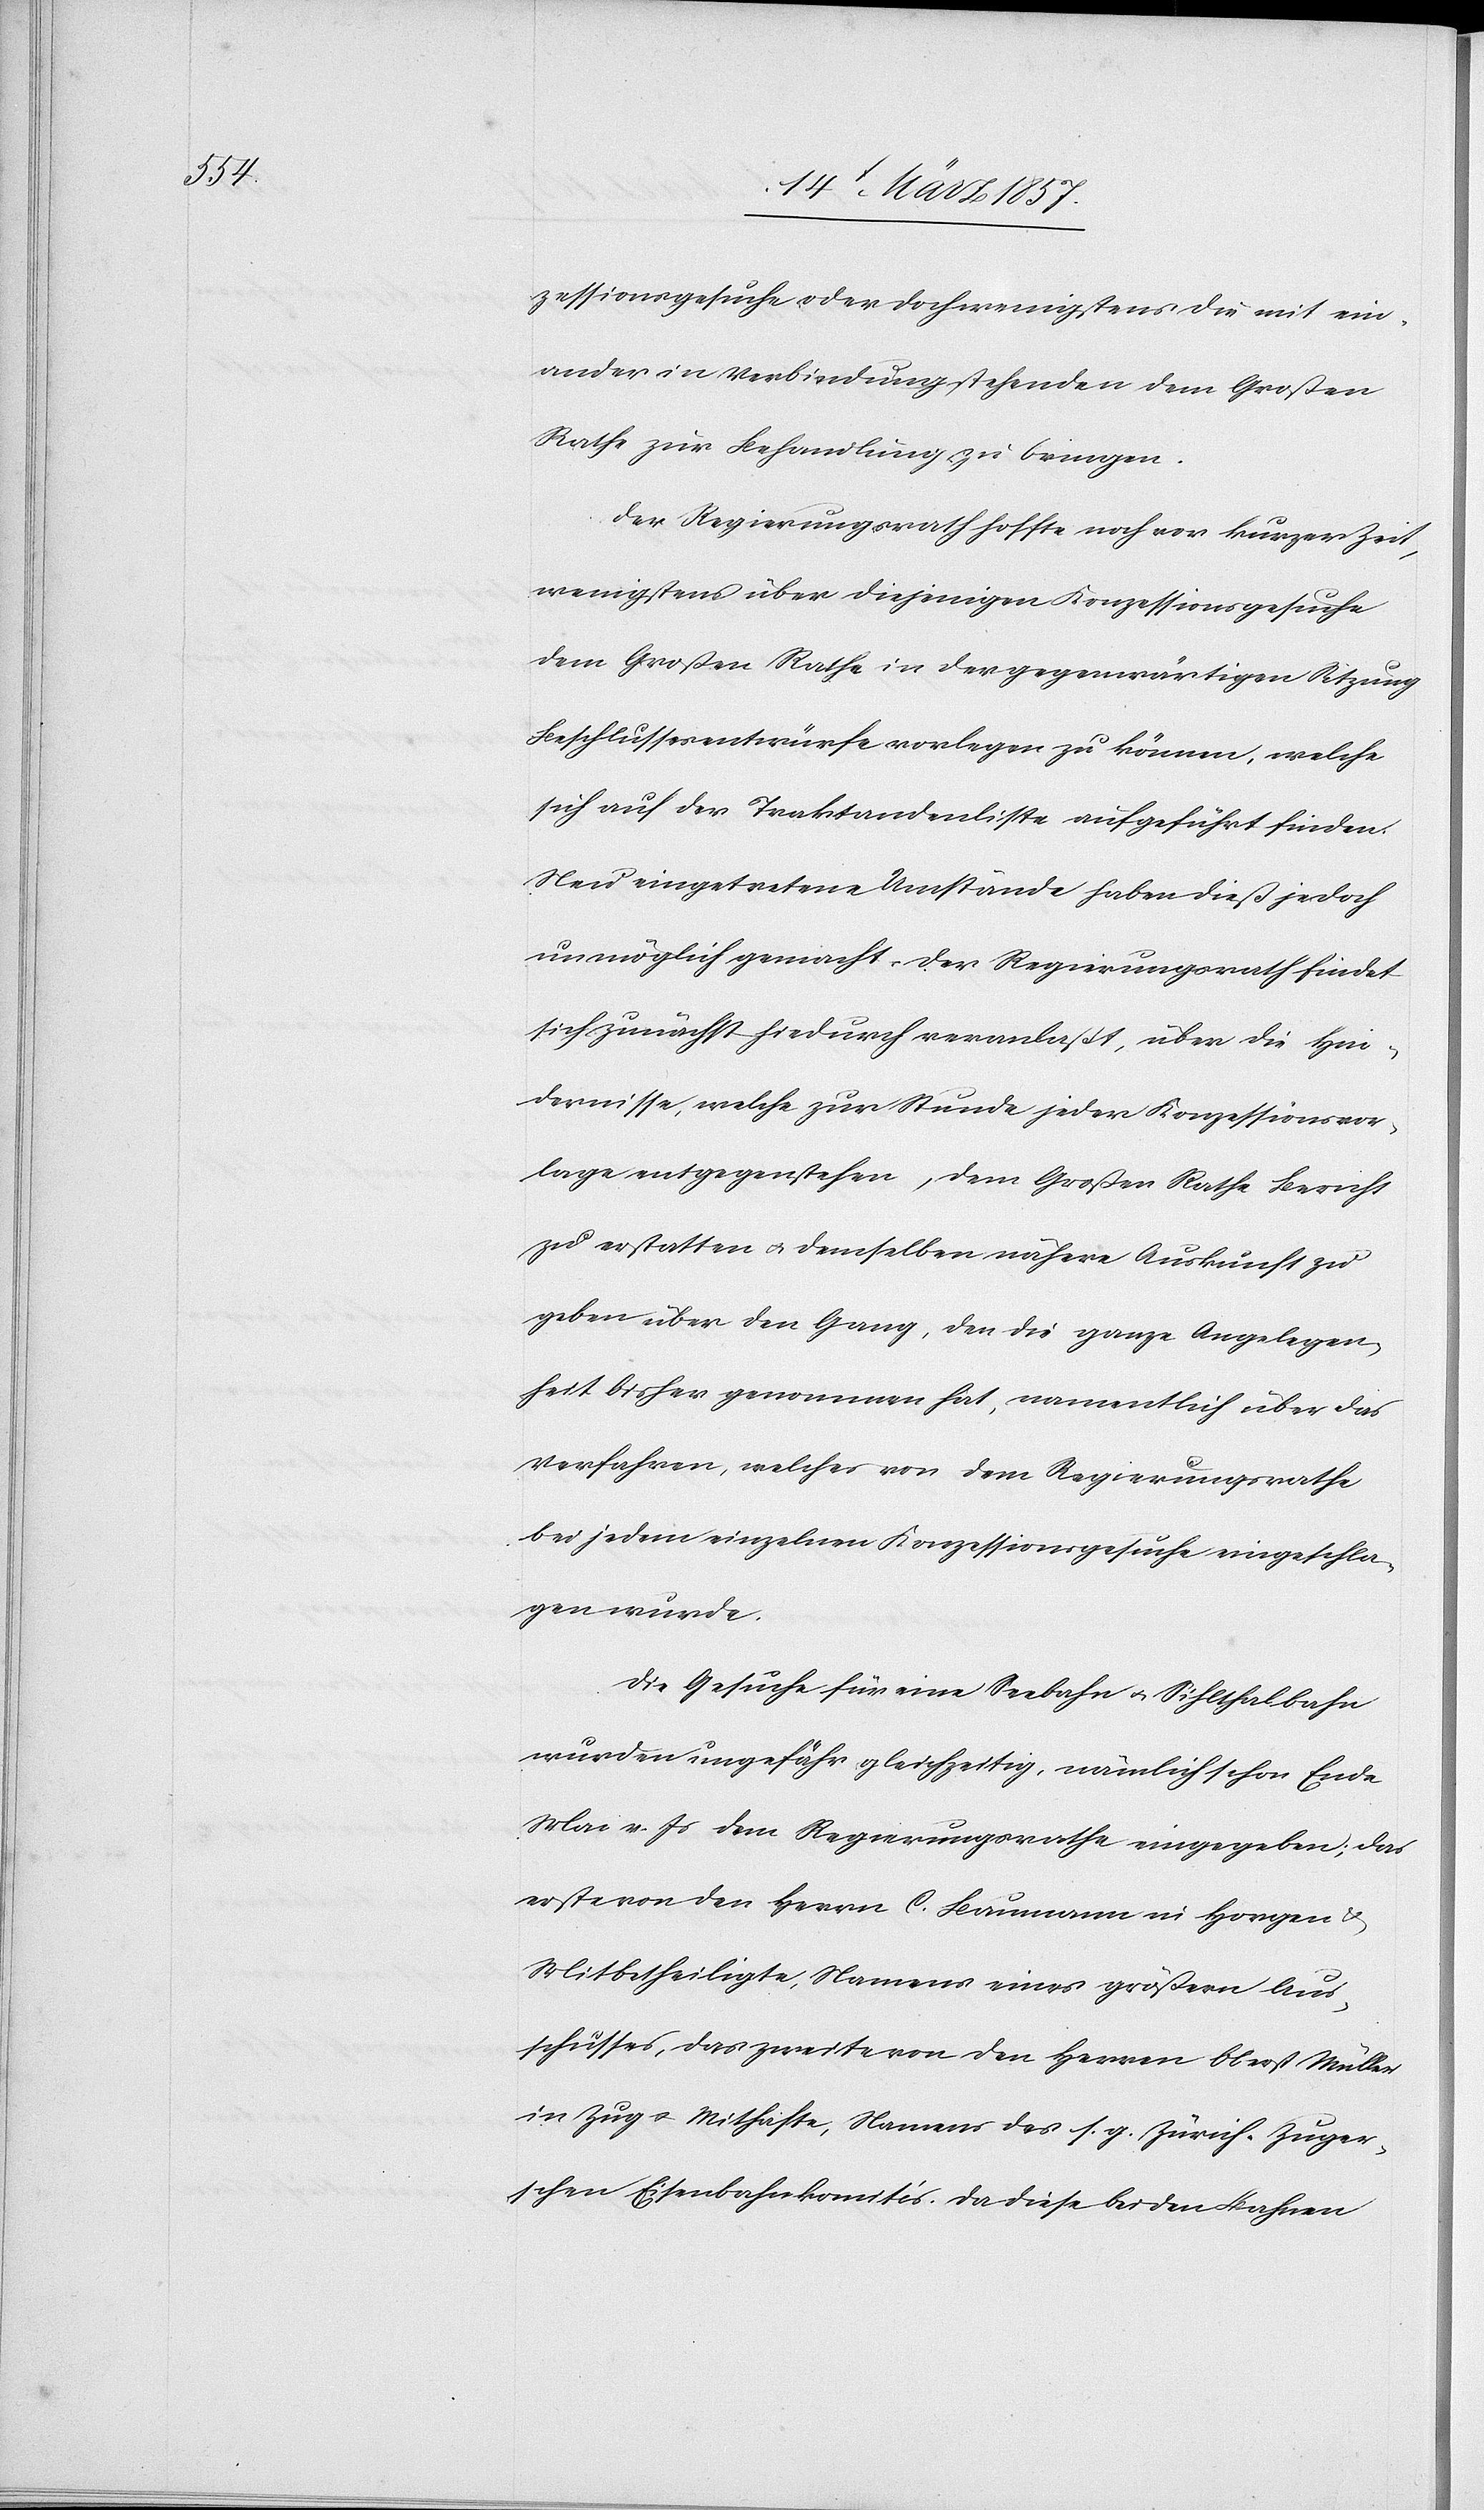
zessionsgesuche oder doch wenigstens die mit ein¬
ander in Verbindung stehenden dem Großen
Rathe zur Behandlung zu bringen.
Der Regierungsrath hoffte noch vor kurzer Zeit,
wenigstens über diejenigen Konzessionsgesuche
dem Großen Rathe in der gegenwärtigen Sitzung
Beschlussesentwürfe vorlegen zu können, welche
sich auf der Traktandenliste aufgeführt finden.
Neu eingetretene Umstände haben dieß jedoch
unmöglich gemacht. Der Regierungsrath findet
sich zunächst hiedurch veranlaßt, über die Hin¬
dernisse, welche zur Stunde jeder Konzessionsvor¬
lage entgegenstehen, dem Großen Rathe Bericht
zu erstatten u. demselben nähere Auskunft zu
geben über den Gang, den die ganze Angelegen¬
heit bisher genommen hat, namentlich über das
Verfahren, welches von dem Regierungsrathe
bei jedem einzelnen Konzessionsgesuche eingeschla¬
gen wurde.
Die Gesuche für eine Seebahn u. Sihlthalbahn
wurden ungefähr gleichzeitig, nämlich schon Ende
Mai v. Js dem Regierungsrathe eingegeben; das
erste von den Herrn C. Baumann in Horgen u.
Mitbetheiligte, Namens eines größern Aus¬
schusses, das zweite von den Herren Oberst Müller
in Zug u. Mithafte, Namens des s. g. Zürich-Zuger¬
schen Eisenbahnkomités. Da diese beiden Bahnen